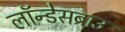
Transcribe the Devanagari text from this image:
लॉन्डेसब्राउ